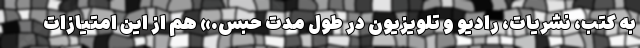
به کتب، نشریات، رادیو و تلویزیون در طول مدت حبس.» هم از این امتیازات